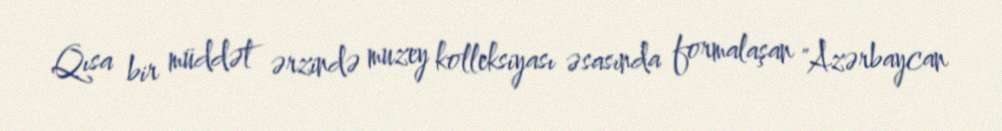
Qısa bir müddət ərzində muzey kolleksiyası əsasında formalaşan "Azərbaycan